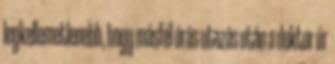
legkellemetlenebb, hogy másfél órás utazás után a doktor úr